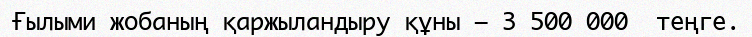
Ғылыми жобаның қаржыландыру құны – 3 500 000  теңге.